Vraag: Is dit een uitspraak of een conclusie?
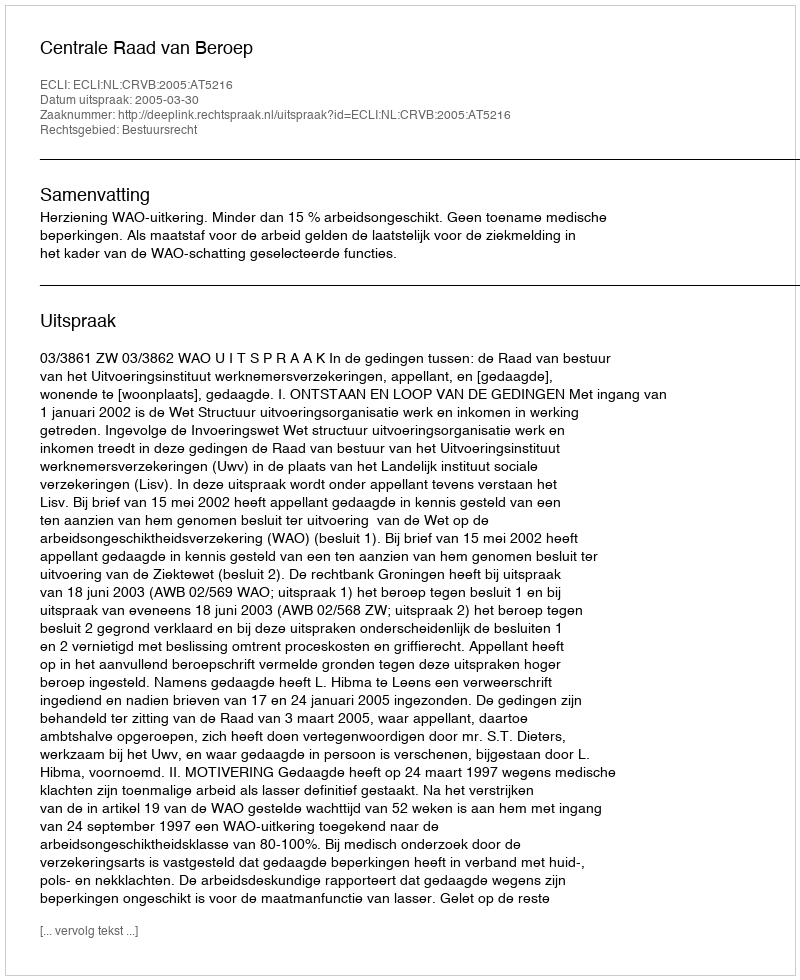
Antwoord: Uitspraak